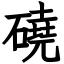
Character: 磽